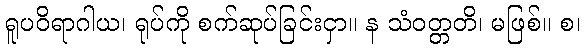
ရူပဝိရာဂါယ၊ ရုပ်ကို စက်ဆုပ်ခြင်းငှာ။ န သံဝတ္တတိ၊ မဖြစ်။ စ၊